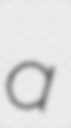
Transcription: a